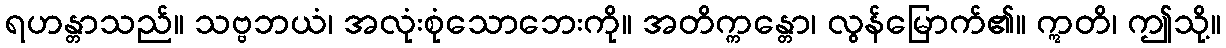
ရဟန္တာသည်။ သဗ္ဗဘယံ၊ အလုံးစုံသောဘေးကို။ အတိက္ကန္တော၊ လွန်မြောက်၏။ ဣတိ၊ ဤသို့။